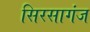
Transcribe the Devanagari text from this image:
सिरसागंज